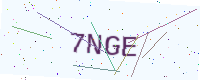
Text: 7NGE